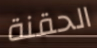
الحقنة